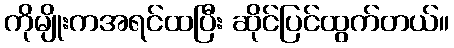
ကိုမျိုးကအရင်ထပြီး ဆိုင်ပြင်ထွက်တယ်။